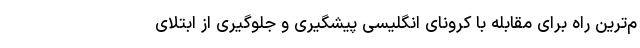
م‌ترین راه برای مقابله با کرونای انگلیسی پیشگیری و جلوگیری از ابتلای